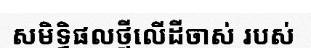
សមិទ្ធិផលថ្មីលើដីចាស់ របស់